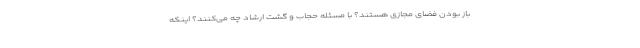
باز بودن فضای مجازی هستند؟ با مسئله حجاب و گشت ارشاد چه می‌کنند؟ اینکه